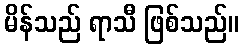
မိန်သည် ရာသီ ဖြစ်သည်။